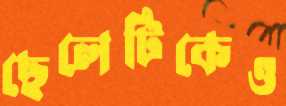
ছেলেটিকেও